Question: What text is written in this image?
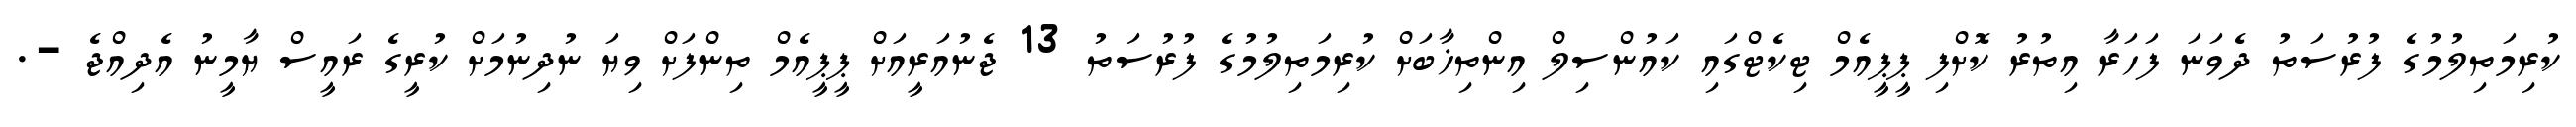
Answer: ކުރިމަތިލުމުގެ ފުރުސަތު ދެވަނަ ފަހަރާ އިތުރު ކޮށްފި ޕީޕީއެމް ޓިކެޓްގައި ކައުންސިލް އިންތިޚާބަށް ކުރިމަތިލުމުގެ ފުރުސަތު 13 ޖެނުއަރީއަށް ޕީޕީއެމް ތިންފަށް ވިޔަ ނުދިނުމަށް ކުރީގެ ރައީސް ޔާމީނު އެދިއްޖެ -.